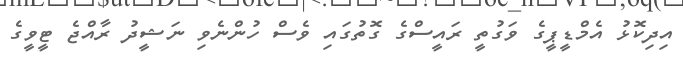
އިދިކޮޅު އެމްޑީޕީގެ ވަގުތީ ރައީސްގެ ގޮތުގައި ވެސް ހުންނެވި ނަޝީދު ރާއްޖެ ޓީވީގެ